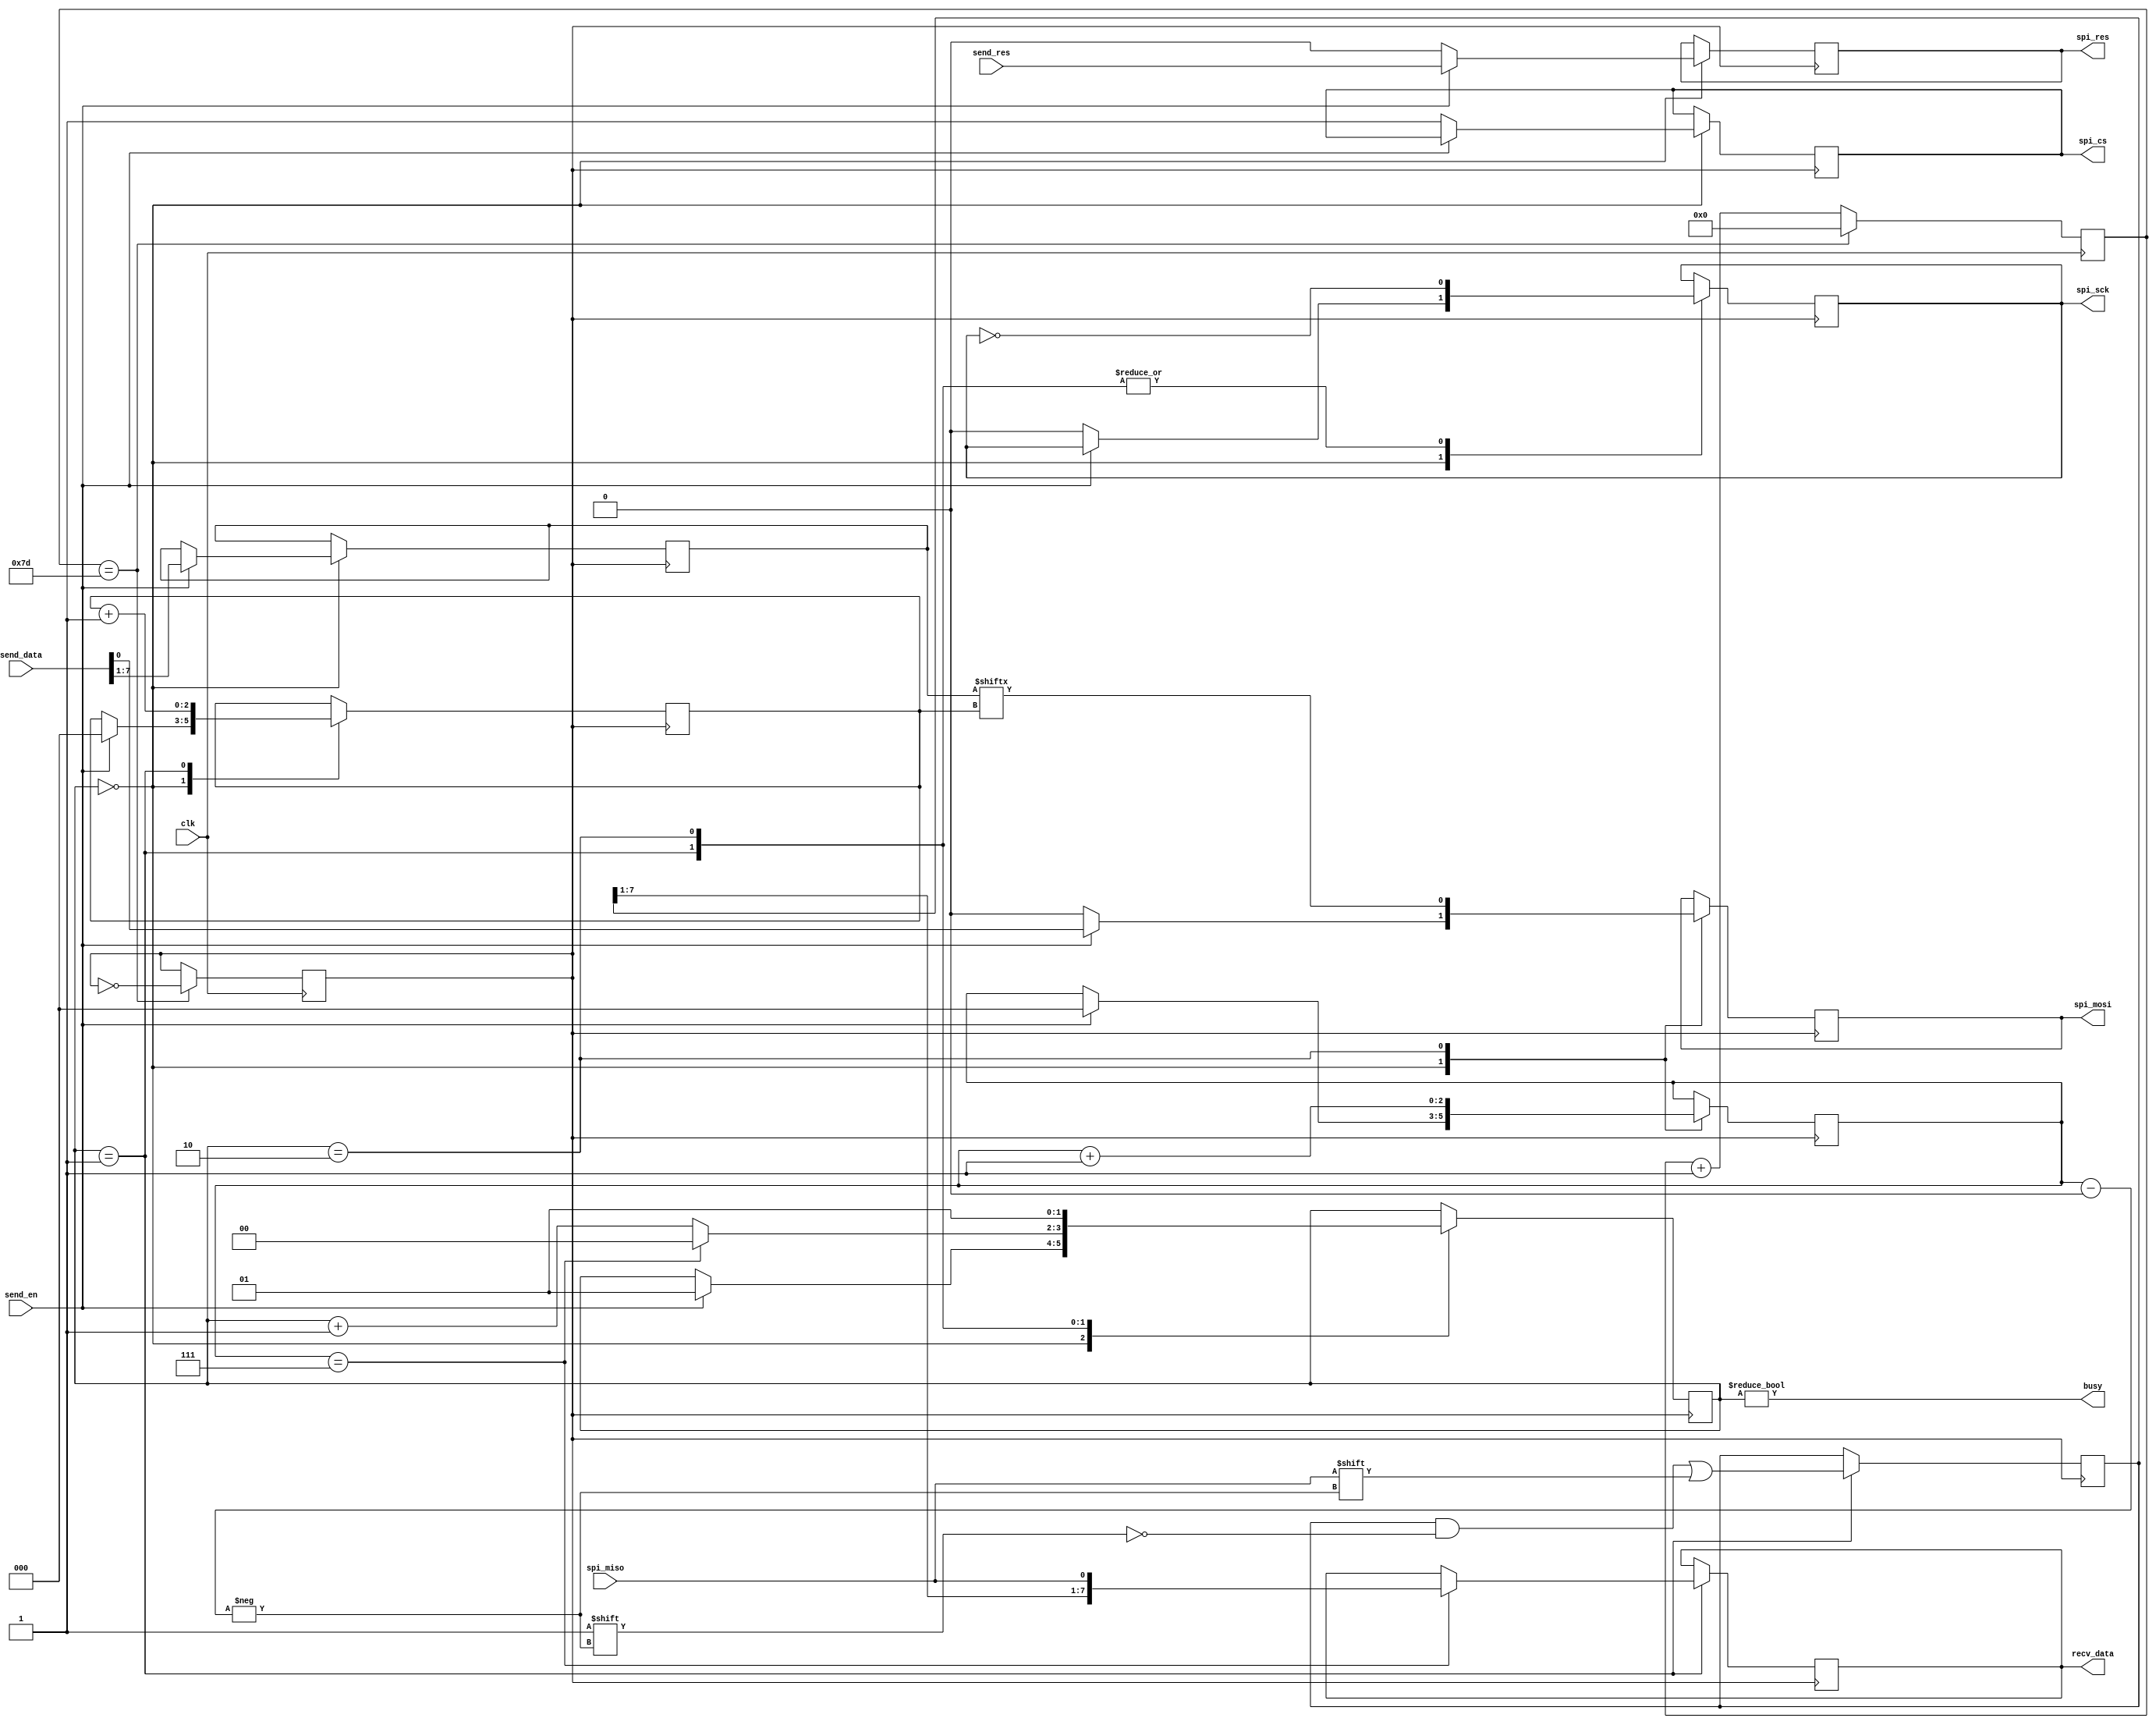
module spi_master#(
	parameter CLK_FRE = 50 , //input clock Mhz
	parameter SPI_FRE = 100  //SPI SCK Khz
	) (
	input 				clk,    // Clock

	input 				send_en,
	input 				send_res,
	input 		[ 7:0] 	send_data,
	output reg  [ 7:0] 	recv_data,

	output  			busy,

	// MODE 0  CPOL 0  CPHA 0 
	output reg 			spi_cs   = 1,   
	output reg 			spi_res  = 0,   
	output reg 			spi_sck  = 0,  
	input 				spi_miso, 
	output reg 			spi_mosi = 0 
);

//SCK X2
parameter CLK_DIV = CLK_FRE * 250 / SPI_FRE;
reg [15:0] clk_delay = 0;
reg sck_x2 = 0;
always@(posedge clk) clk_delay <= (clk_delay == CLK_DIV)? 0 : clk_delay + 'd1;
always@(posedge clk) sck_x2 <= (clk_delay == CLK_DIV)? ~sck_x2 : sck_x2;

//
reg [6:0] send_data_r = 0;
reg [2:0] send_cnt    = 0;

reg [7:0] recv_data_r = 0;
reg [2:0] recv_cnt    = 0;

// 
reg [1:0] state = 0;
assign busy = state != 0;
always@(posedge sck_x2)
	case (state)
		2'd0:// en 
			if (send_en) begin
				send_data_r <= send_data[7:1];
				send_cnt    <= 'd0;
				recv_cnt    <= 'd0;

				spi_mosi  	<= send_data[0];
				spi_res  	<= send_res;

				state <= 2'd1;
			end
			else begin
				spi_cs   <= 'd1;
				spi_res  <= 'd0;
				spi_sck  <= 'd0;
				spi_mosi <= 'd0;
			end

		2'd1:begin//SCK  
			spi_sck <= ~spi_sck;
			send_cnt    <= send_cnt + 'd1;

			recv_data_r[recv_cnt] <= spi_miso;// 
			recv_data <= (recv_cnt == 3'd7)?{recv_data_r[7:1],spi_miso} : recv_data;

			state <= (recv_cnt == 3'd7)? 'd0 : state + 'd1;
		end

		2'd2:begin//SCK  
			spi_sck <= ~spi_sck;

			recv_cnt 	<= recv_cnt + 'd1;
			spi_mosi  	<= send_data_r[send_cnt];//

			state <= 2'd1;
		end
	endcase

endmodule